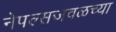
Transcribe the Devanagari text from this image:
नेपल्सजवळच्या